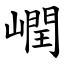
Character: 㠈